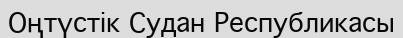
Оңтүстік Судан Республикасы